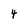
Character: 4